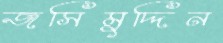
জসিমুদ্দিন